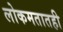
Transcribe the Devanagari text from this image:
लोकमतातही